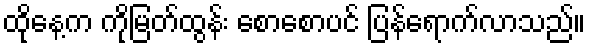
ထိုနေ့က ကိုမြတ်ထွန်း စောစောပင် ပြန်ရောက်လာသည်။